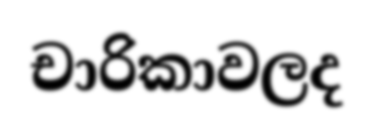
චාරිකාවලද